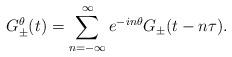
LaTeX: \begin{align*}G_\pm^\theta(t)=\sum_{n=-\infty}^\infty e^{-in\theta} G_\pm(t-n\tau).\end{align*}